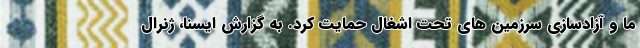
ما و آزادسازی سرزمین های تحت اشغال حمایت کرد. به گزارش ایسنا، ژنرال